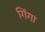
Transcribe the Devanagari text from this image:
गिंगा